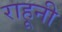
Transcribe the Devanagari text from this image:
राहूनी